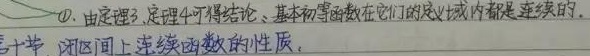
\textcircled{1}. 由定理3、定理4可得结论：基本初等函数在它们的定义域内都是连续的。第十节. 闭区间上连续函数的性质。